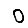
Digit: 0